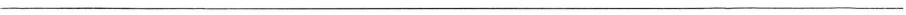
___